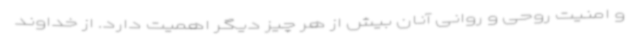
و امنیت روحی و روانی آنان بیش از هر چیز دیگر اهمیت دارد. از خداوند